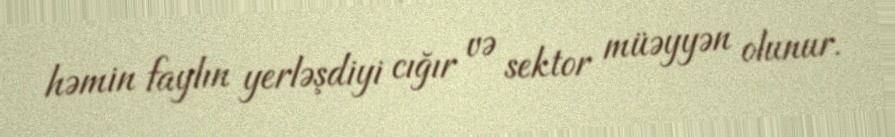
həmin faylın yerləşdiyi cığır və sektor müəyyən olunur.